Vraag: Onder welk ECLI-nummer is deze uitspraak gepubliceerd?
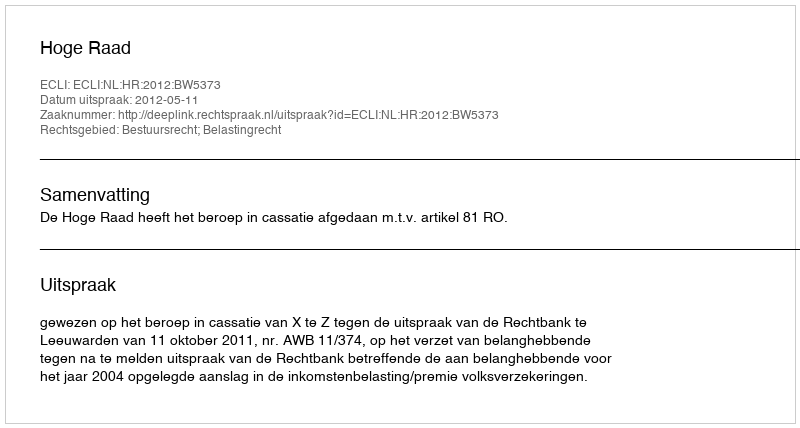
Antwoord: ECLI:NL:HR:2012:BW5373